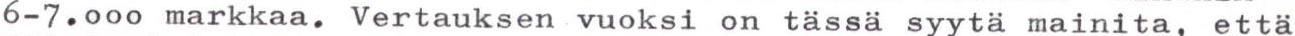
6-7.000 markkaa. Vertauksen vuoksi on tässä syytä mainita, että